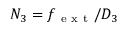
N _ { 3 } = f _ { \mathrm { ~ e ~ x ~ t ~ } } / D _ { 3 }